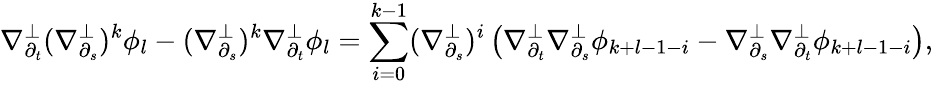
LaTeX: \nabla_{\partial_{t}}^{\perp}(\nabla_{\partial_{s}}^{\perp})^{k}\phi_{l}-(\nabla_{\partial_{s}}^{\perp})^{k}\nabla_{\partial_{t}}^{\perp}\phi_{l}=\sum_{i=0}^{k-1}(\nabla_{\partial_{s}}^{\perp})^{i}\left(\nabla_{\partial_{t}}^{\perp}\nabla_{\partial_{s}}^{\perp}\phi_{k+l-1-i}-\nabla_{\partial_{s}}^{\perp}\nabla_{\partial_{t}}^{\perp}\phi_{k+l-1-i}\right),